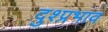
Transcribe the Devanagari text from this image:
दुश्प्रभाव